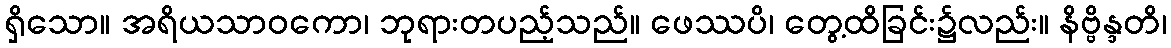
ရှိသော။ အရိယသာဝကော၊ ဘုရားတပည့်သည်။ ဖေဿပိ၊ တွေ့ထိခြင်း၌လည်း။ နိဗ္ဗိန္ဒတိ၊